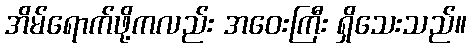
အိမ်ရောက်ဖို့ကလည်း အဝေးကြီး ရှိသေးသည်။